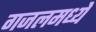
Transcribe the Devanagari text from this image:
गजलमध्ये